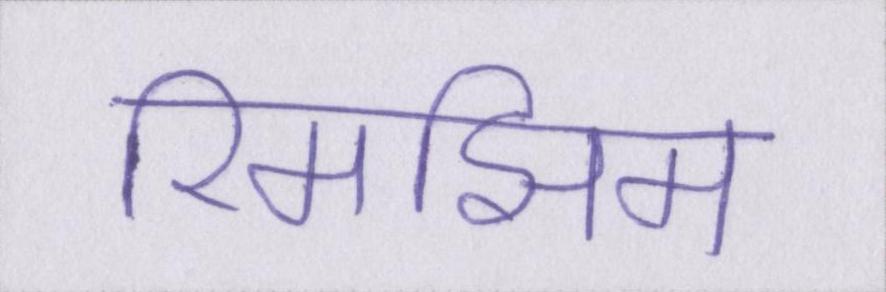
रिमझिम